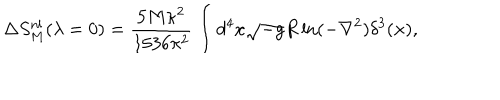
\Delta S _ { M } ^ { \mathrm { n l } } ( \lambda = 0 ) = \frac { 5 M \kappa ^ { 2 } } { 1 5 3 6 \pi ^ { 2 } } \int d ^ { 4 } x \sqrt { - g } R \ln ( - \nabla ^ { 2 } ) \delta ^ { 3 } ( { \bf x } ) ,